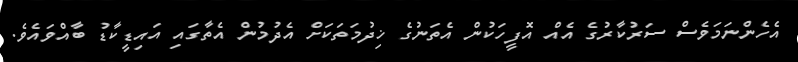
އެހެންނަމަވެސް ސަރުކާރުގެ އެއް އޮފީހަކުން އެތަނުގެ ޚިދުމަތަކަށް އެދުމުން އެތާގައި އައިޑީކާޑު ބާއްވައެވެ.